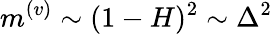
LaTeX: m^{(v)}\sim(1-H)^{2}\sim\Delta^{2}